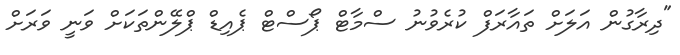
"ދިރާގުން އަލަށް ތައާރަފް ކުރެވުނު ސްމާޓް ޕޯސްޓް ޕެއިޑް ޕްލޭންތަކަށް ވަނީ ވަރަށް